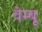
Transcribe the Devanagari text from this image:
वेम्बू